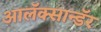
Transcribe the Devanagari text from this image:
आलॅक्सान्डॅर